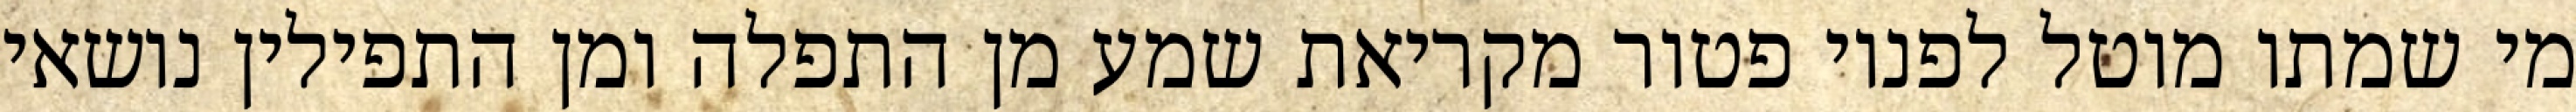
מי שמתו מוטל לפניו פטור מקריאת שמע מן התפלה ומן התפילין נושאי